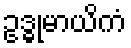
ဥဒ္ဓုမာယိကံ